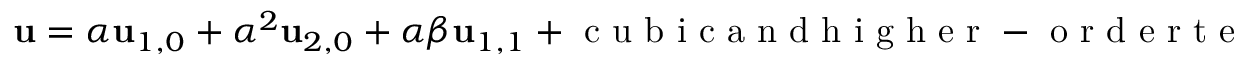
\begin{array} { r } { \mathbf { u } = \alpha \mathbf { u } _ { 1 , 0 } + \alpha ^ { 2 } \mathbf { u } _ { 2 , 0 } + \alpha \beta \mathbf { u } _ { 1 , 1 } + \mathrm { ~ c ~ u ~ b ~ i ~ c ~ a ~ n ~ d ~ h ~ i ~ g ~ h ~ e ~ r ~ - ~ o ~ r ~ d ~ e ~ r ~ t ~ e ~ r ~ m ~ s ~ } . } \end{array}